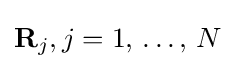
\textstyle \mathbf {R} _{j},j=1,\,\ldots ,\,N